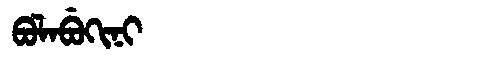
Manchu: ᠪᠣᠯᠠᠪᡠᡴᡳᠨᡳ
Romanization: BOLABUKINI